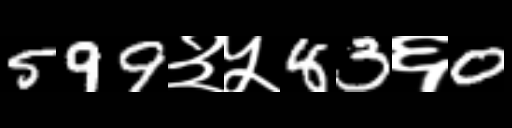
Text: 599३५83६0